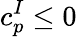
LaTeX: c_{p}^{I}\leq 0